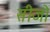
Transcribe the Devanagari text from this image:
सीजो